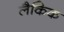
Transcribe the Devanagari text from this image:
लैकिक